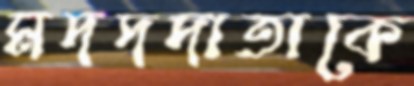
মদদদাতাকে